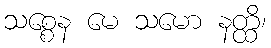
သစ္စေန မေ သမော နတ္ထိ၊